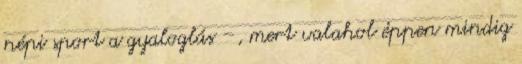
népi sport a gyaloglás –, mert valahol éppen mindig